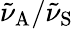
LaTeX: {\tilde{\nu}_{\mathrm{A}}}/{\tilde{\nu}_{\mathrm{S}}}